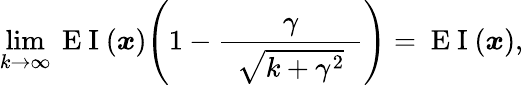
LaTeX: \operatorname*{lim}_{k\to\infty}\mathrm{~E~I~}(\boldsymbol{x})\Bigg(1-\frac{\gamma}{\hphantom{e}\vphantom{\big|}\sqrt{k+\gamma^{2}}\hphantom{e}}\Bigg)=\mathrm{~E~I~}(\boldsymbol{x}),